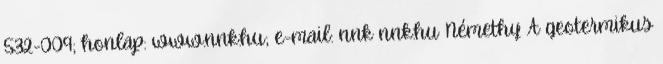
532-009; honlap: www.nnk.hu; e-mail: nnk nnk.hu Némethy A geotermikus